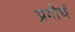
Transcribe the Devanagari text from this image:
प्रवोचं